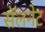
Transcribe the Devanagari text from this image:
सॅलनेट